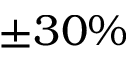
\pm 3 0 \%